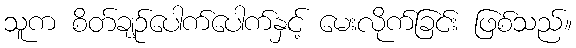
သူက စိတ်ချဉ်ပေါက်ပေါက်နှင့် မေးလိုက်ခြင်း ဖြစ်သည်။